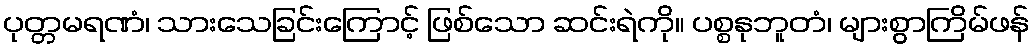
ပုတ္တမရဏံ၊ သားသေခြင်းကြောင့် ဖြစ်သော ဆင်းရဲကို။ ပစ္စနုဘူတံ၊ များစွာကြိမ်ဖန်